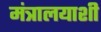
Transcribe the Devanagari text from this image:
मंत्रालयाशी